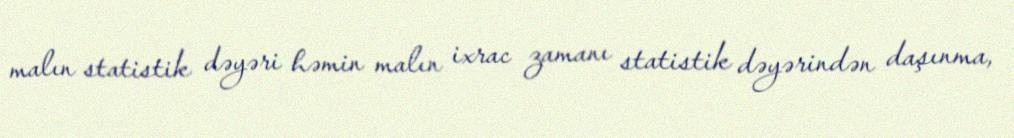
malın statistik dəyəri həmin malın ixrac zamanı statistik dəyərindən daşınma,